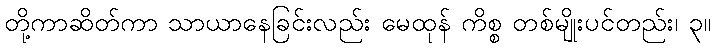
တို့ကာဆိတ်ကာ သာယာနေခြင်းလည်း မေထုန် ကိစ္စ တစ်မျိုးပင်တည်း၊ ၃။